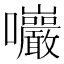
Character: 𡆑